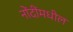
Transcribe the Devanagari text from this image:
नोंदींमधील